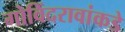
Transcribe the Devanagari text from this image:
गोविंदरावांकडे